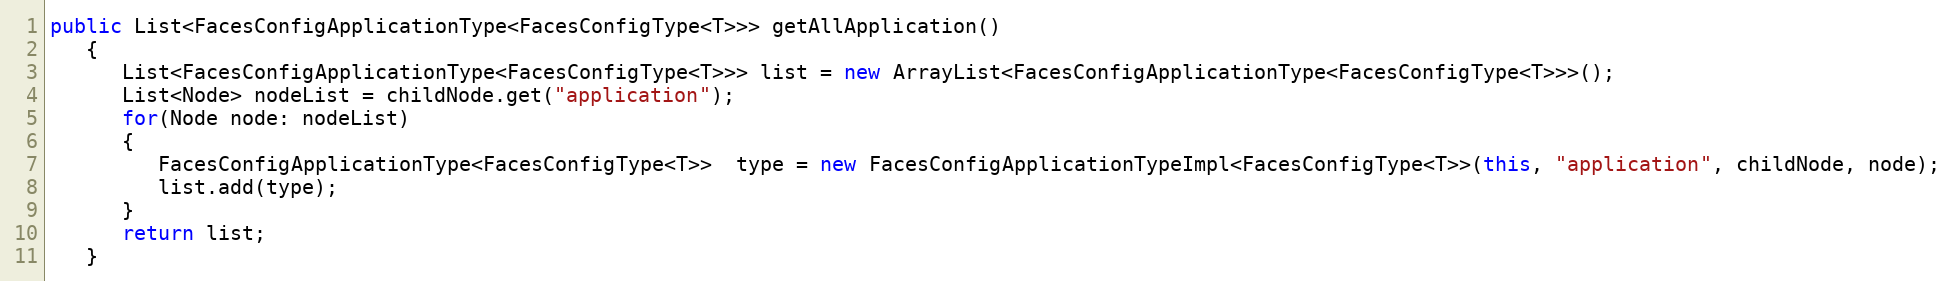
Language: Java
public List<FacesConfigApplicationType<FacesConfigType<T>>> getAllApplication()
   {
      List<FacesConfigApplicationType<FacesConfigType<T>>> list = new ArrayList<FacesConfigApplicationType<FacesConfigType<T>>>();
      List<Node> nodeList = childNode.get("application");
      for(Node node: nodeList)
      {
         FacesConfigApplicationType<FacesConfigType<T>>  type = new FacesConfigApplicationTypeImpl<FacesConfigType<T>>(this, "application", childNode, node);
         list.add(type);
      }
      return list;
   }